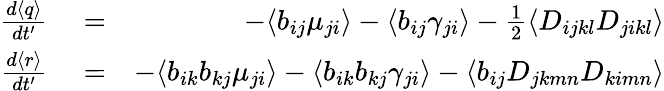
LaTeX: \begin{array}{rlr}{\frac{d\langle q\rangle}{dt^{\prime}}}&{{}=}&{-\langle b_{ij}\mu_{ji}\rangle-\langle b_{ij}\gamma_{ji}\rangle-\frac{1}{2}\langle D_{ijkl}D_{jikl}\rangle}\\ {\frac{d\langle r\rangle}{dt^{\prime}}}&{{}=}&{-\langle b_{ik}b_{kj}\mu_{ji}\rangle-\langle b_{ik}b_{kj}\gamma_{ji}\rangle-\langle b_{ij}D_{jkmn}D_{kimn}\rangle}\end{array}